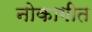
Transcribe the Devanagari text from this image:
नोकागीत